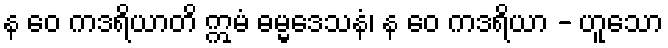
န ဝေ ကဒရိယာတိ ဣမံ ဓမ္မဒေသနံ၊ န ဝေ ကဒရိယာ - ဟူသော